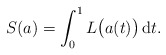
\begin{gather*} S (a) = \int _0 ^1 L \bigl( a (t) \bigr) \,\mathrm{d}t . \end{gather*}